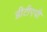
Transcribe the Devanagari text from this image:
डीटीएपी